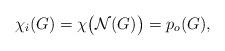
LaTeX: \begin{align*}\chi_{i}(G)=\chi\big{(}\mathcal{N}(G)\big{)}=p_{o}(G),\end{align*}